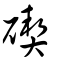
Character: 碶